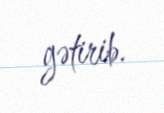
gətirib.